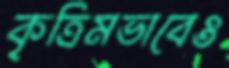
কৃত্রিমভাবেও